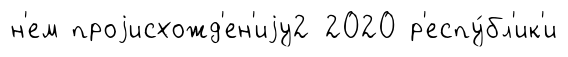
н'ем проjисхожд'ен'иjу2 2020 р'еспу́бл'ик'и